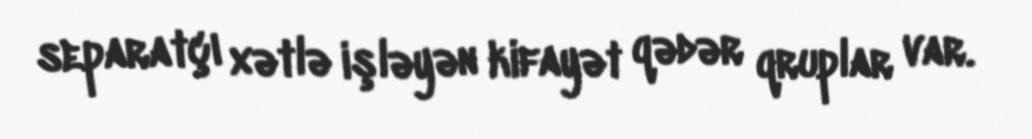
separatçı xətlə işləyən kifayət qədər qruplar var.